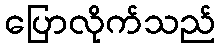
ပြောလိုက်သည်